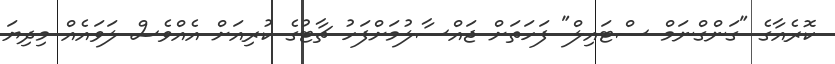
ކޮރެއާގެ "ގަންގްނަމް ސްޓައިލް" ފަހަތަށް ޖައްސާލުމަށްފަހު ޗާޓުގެ ކުރިއަށް އެއްވެސް ލަވައެއް މިދިޔަ